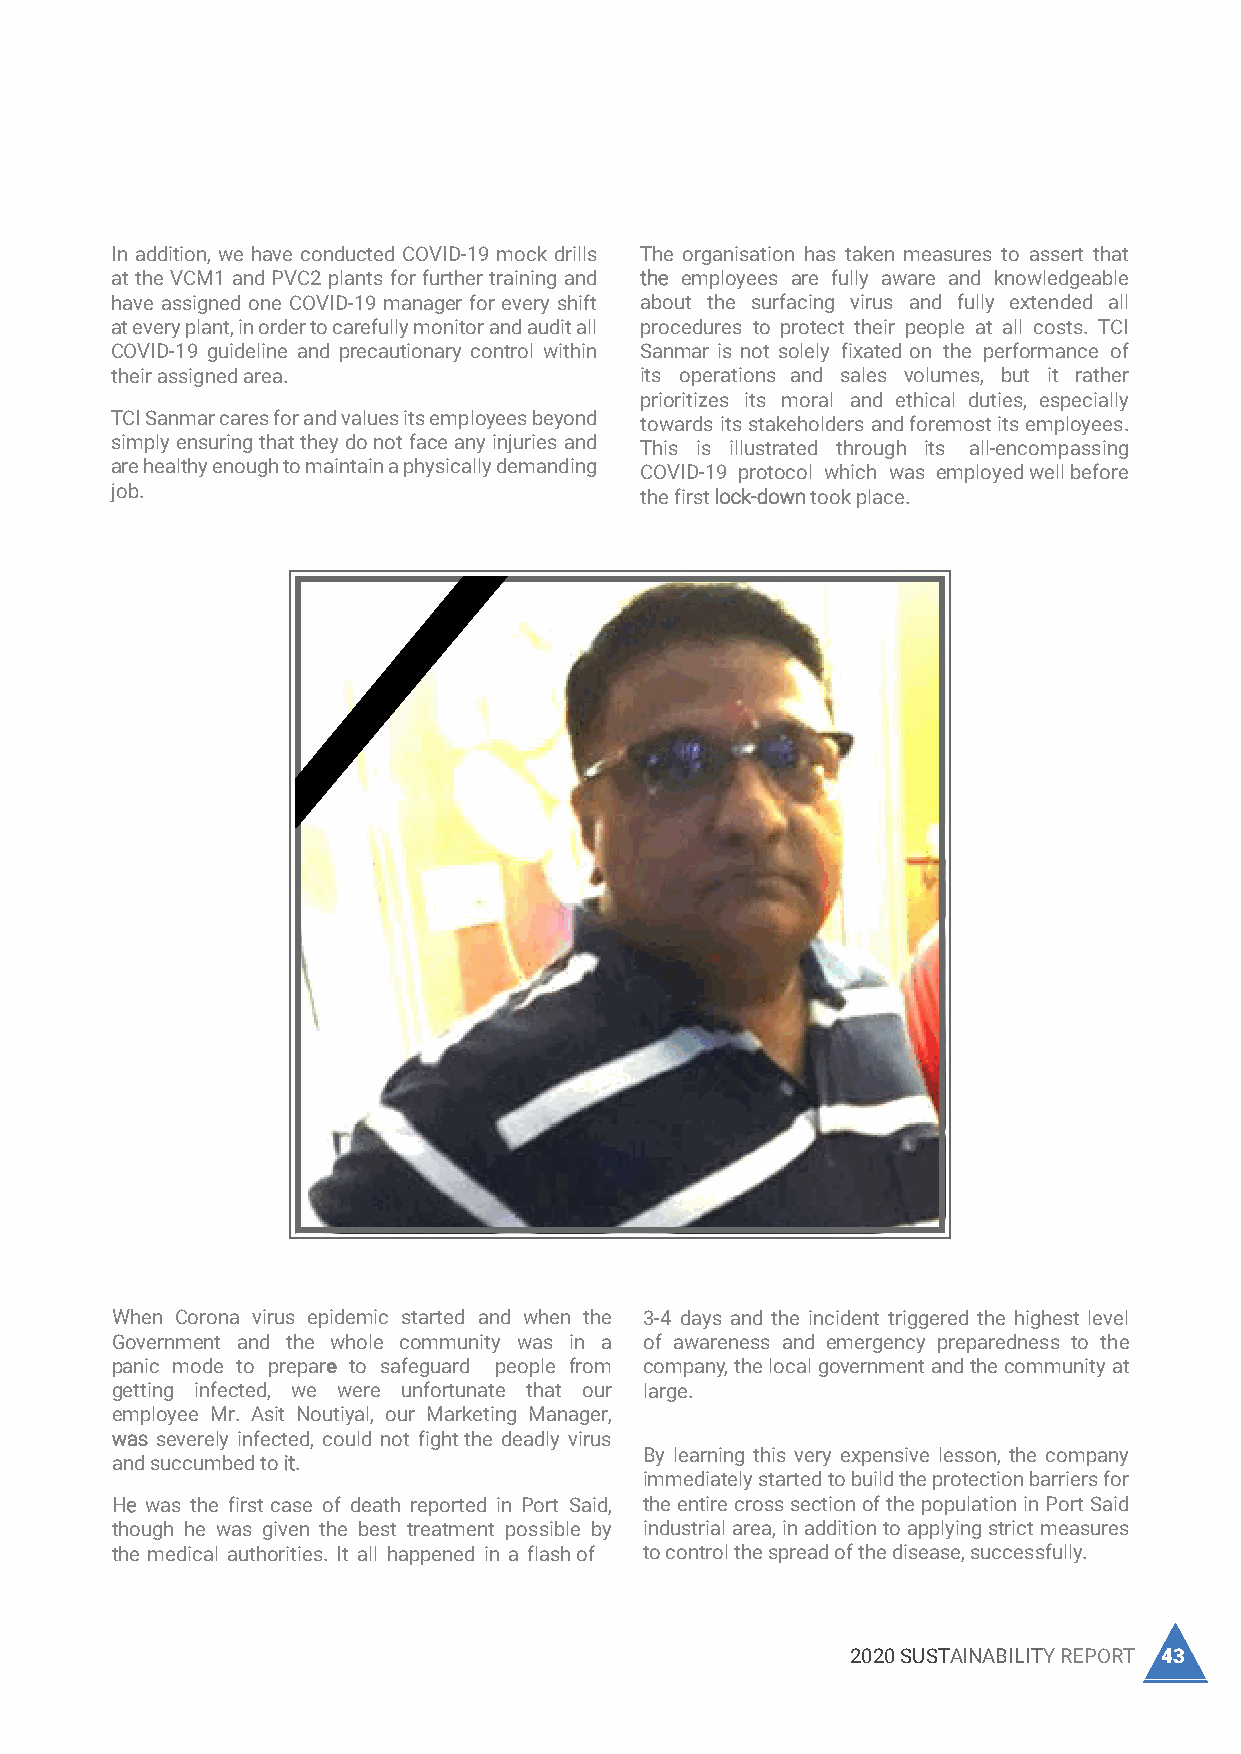
Delivering Health Programs In addition, we have conducted COVID-19 mock drills The organisation has taken measures to assert that
 at the VCM1 and PVC2 plants for further training and the employees are fully aware and knowledgeable
 to Our Employees have assigned one COVID-19 manager for every shift about the surfacing virus and fully extended all
 at every plant, in order to carefully monitor and audit all procedures to protect their people at all costs. TCI
 COVID-19 guideline and precautionary control within Sanmar is not solely fixated on the performance of
 their assigned area.               its operations and sales volumes, but it rather
 Aside from our all-inclusive safety programs, we also throughout the organisation. It was also distributed prioritizes its moral and ethical duties, especially
 offer our employees with health programs to monitor them to all employees and contractors independently TCI Sanmar cares for and values its employees beyond towards its stakeholders and foremost its employees.
 their well-being on individual and personal levels. Thus, and set up multiple sessions hosted by the Health simply ensuring that they do not face any injuries and This is illustrated through its all-encompassing
 employees are provided with private medical insurance Ministry regarding COVID-19 awareness. We also are healthy enough to maintain a physically demanding COVID-19 protocol which was employed well before
 job.
 facilities which are used by them on a case-to-case put together a Toolbox Talk concerning COVID-19 the first lock-down took place.
 basis. We have a monthly personnel training program in awareness before issuing any work permits.
 all our plants, where each employee has the necessary
 To secure employees’ health and wellbeing, we invested
 medical check-ups, coaching on the importance of
 in the installation of new disinfection and sterilization
 maintaining good health and educational services for
 gates at all entrances to the organisation. TCI Sanmar
 the case that an epidemic virus surface.
 also issues a daily report for COVID-19 case follow
 Notwithstanding, what was only, an evolving issue ups, this includes positive and inspiring COVID-19
 during the reporting period of this reports, TCI Sanmar cases, suspicion cases and high-risk contact cases.
 released COVID-19 guidelines and instructions
 When Corona virus epidemic started and when the 3-4 days and the incident triggered the highest level
 Government and the whole community was in a of awareness and emergency preparedness to the
 panic mode to prepare to safeguard people from company, the local government and the community at
 getting infected, we were unfortunate that our large.
 employee Mr. Asit Noutiyal, our Marketing Manager,
 was severely infected, could not fight the deadly virus
 By learning this very expensive lesson, the company
 and succumbed to it.
 immediately started to build the protection barriers for
 He was the first case of death reported in Port Said, the entire cross section of the population in Port Said
 though he was given the best treatment possible by industrial area, in addition to applying strict measures
 the medical authorities. It all happened in a flash of to control the spread of the disease, successfully.
 42 TCI SANMAR CHEMICALS S.A.E                           2020 SUSTAINABILITY REPORT 43